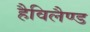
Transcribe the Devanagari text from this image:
हैविलैण्ड